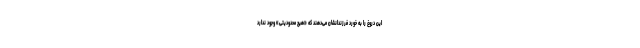
این دروغ را به خورد فرزندانشان می‌دهند که «هیچ محدودیتی» وجود ندارد